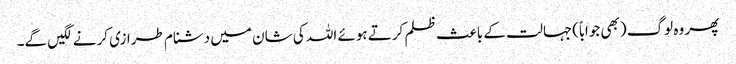
پھر وہ لوگ (بھی جواباً)جہالت کے باعث ظلم کرتے ہوئے اللہ کی شان میں دشنام طرازی کرنے لگیں گے۔